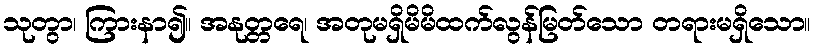
သုတွာ၊ ကြားနာ၍။ အနုတ္တရေ၊ အတုမရှိမိမိထက်လွန်မြတ်သော တရားမရှိသော။